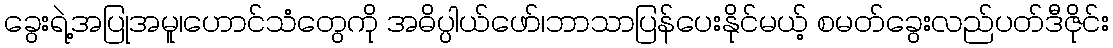
ခွေးရဲ့အပြုအမူ၊ဟောင်သံတွေကို အဓိပ္ပါယ်ဖော်၊ဘာသာပြန်ပေးနိုင်မယ့် စမတ်ခွေးလည်ပတ်ဒီဇိုင်း